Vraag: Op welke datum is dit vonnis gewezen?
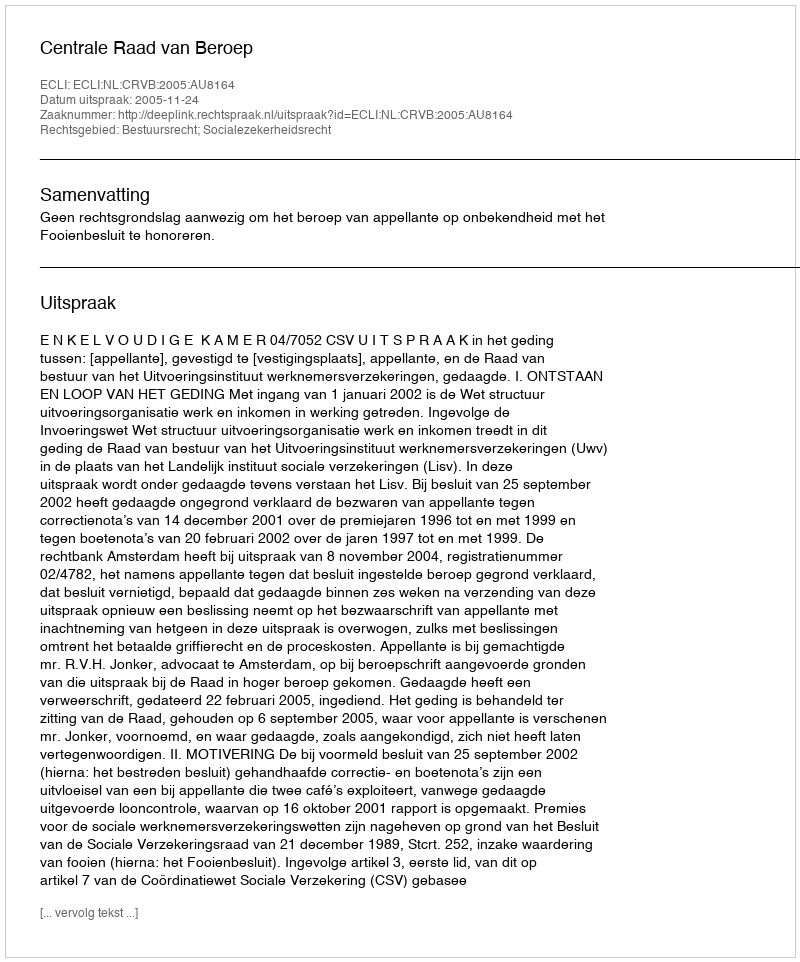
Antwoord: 2005-11-24